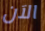
الآن